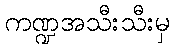
ကဏ္ဍအသီးသီးမှ